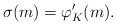
LaTeX: \begin{align*}\sigma(m) = \varphi_K'(m).\end{align*}